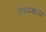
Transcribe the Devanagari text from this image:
नागपाड्याचा